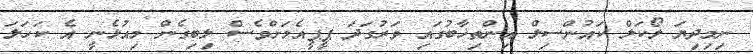
ނިމިދިޔަ ލޯކަލް ކައުންސިލް އިންތިޚާބުގައި ވަރުގަދަ ޕީޕީއެމަށްވެސް ލިބިގެން މިއުޅެނީ އެ ކަހަލަ